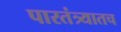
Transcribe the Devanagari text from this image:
पारतंत्र्यातच